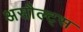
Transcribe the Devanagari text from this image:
असौल्ट्स